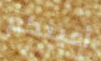
أعينكم